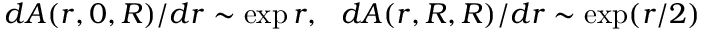
d A ( r , 0 , R ) / d r \sim \exp r , \ \ d A ( r , R , R ) / d r \sim \exp ( r / 2 )